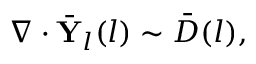
\nabla \cdot \bar { \mathbf { Y } } _ { l } ( l ) \sim \bar { D } ( l ) ,